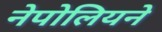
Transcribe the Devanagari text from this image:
नेपोलियने